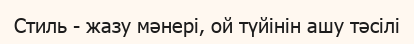
Стиль - жазу мәнері, ой түйінін ашу тәсілі